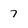
Character: 7